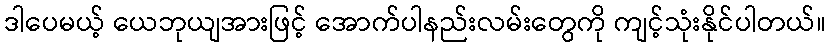
ဒါပေမယ့် ယေဘုယျအားဖြင့် အောက်ပါနည်းလမ်းတွေကို ကျင့်သုံးနိုင်ပါတယ်။